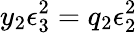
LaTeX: y_{2}\epsilon_{3}^{2}=q_{2}\epsilon_{2}^{2}